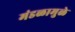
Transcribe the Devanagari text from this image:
मंडळामुळे